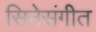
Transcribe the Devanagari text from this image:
सिनेसंगीत